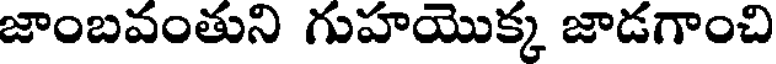
జాంబవంతుని గుహయొక్క జాడగాంచి